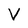
Character: V